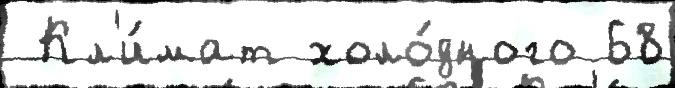
 Кл'и́мат холо́дного 68